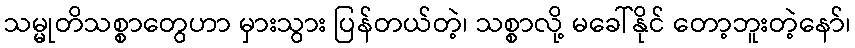
သမ္မုတိသစ္စာတွေဟာ မှားသွား ပြန်တယ်တဲ့၊ သစ္စာလို့ မခေါ်နိုင် တော့ဘူးတဲ့နော်၊